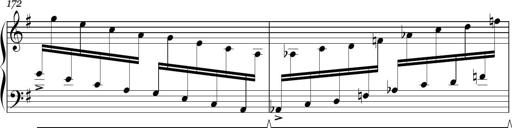
Title: Sonatina in E minor
Composer: Shuwen Zhang
Key: E minor